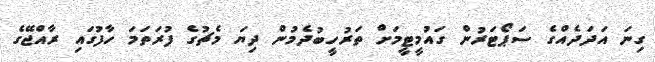
ގިނަ އަދަދެއްގެ ސަޕޯޓަރުން ގައުމީޓީމަށް ތަރުހީބުދެމުން ދިޔަ މެޗުގެ ފުރަތަމަ ހާފުގައި ރާއްޖޭގެ